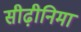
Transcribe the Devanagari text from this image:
सीढ़ीनिमा